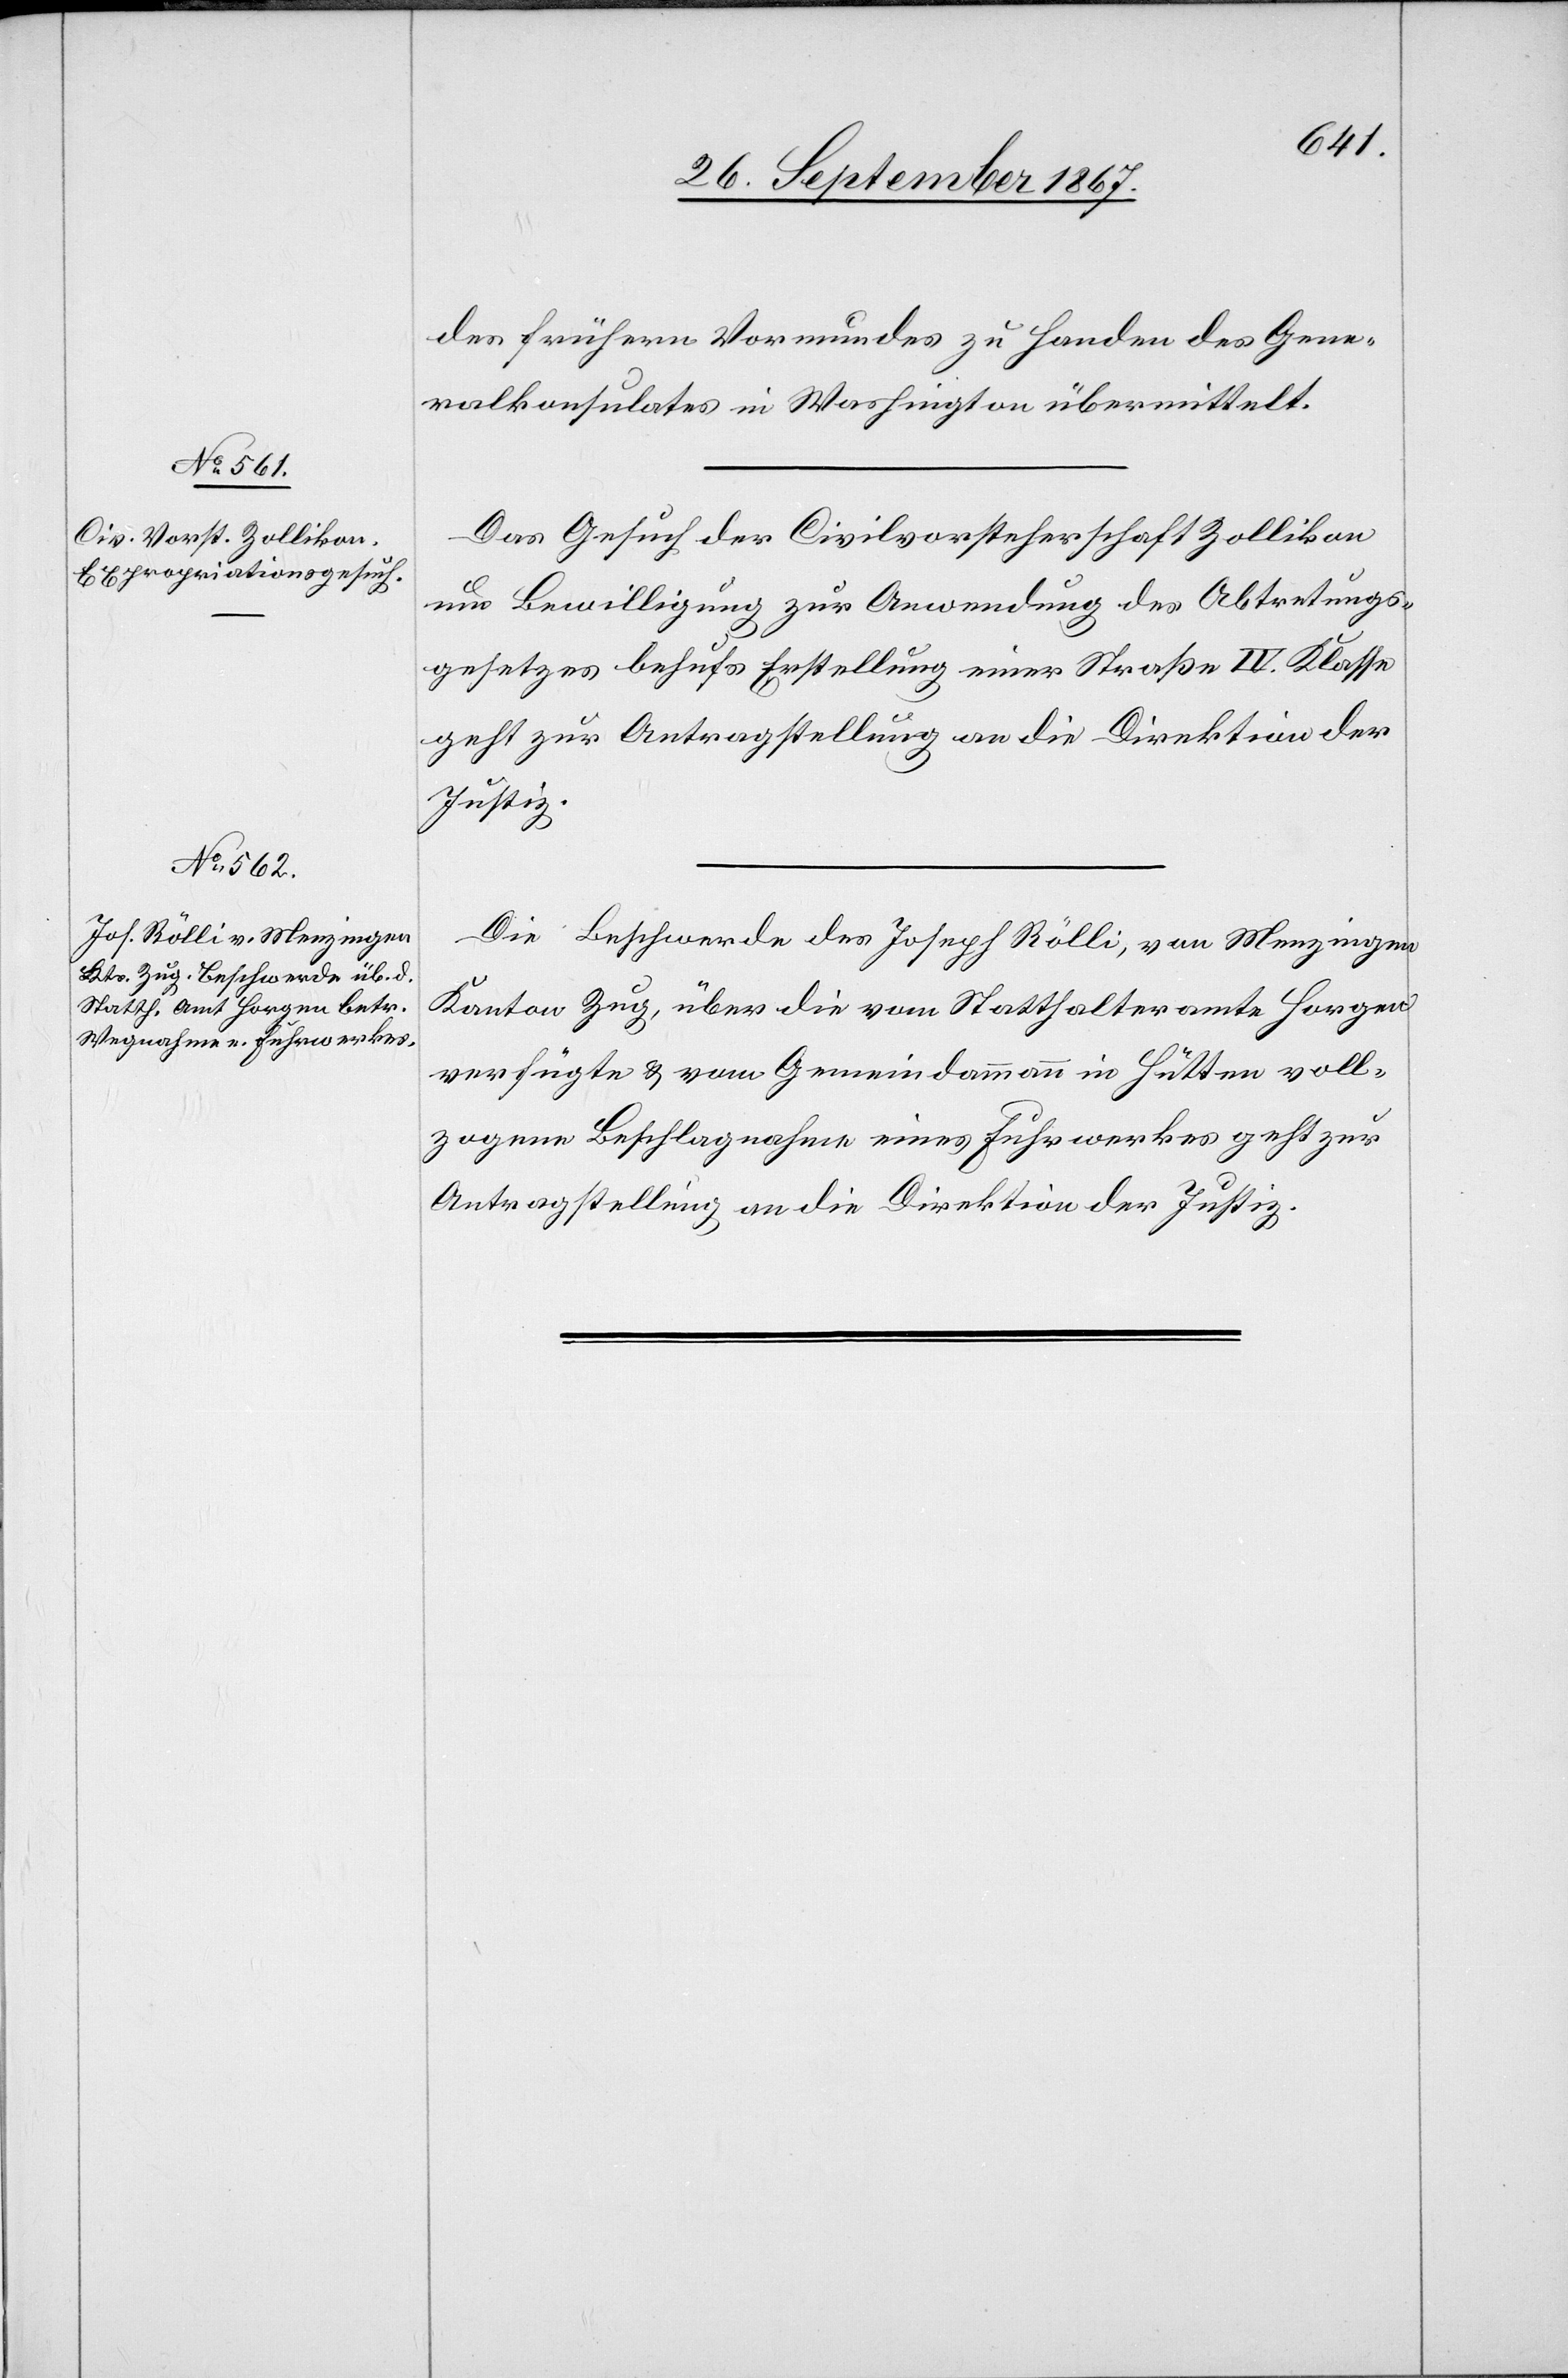
2. October 1867.]
des früheren Vormundes zu Handen des Gene¬
ralkonsulates in Washington übermittelt.
Das Gesuch der Civilvorsteherschaft Zollikon
um Bewilligung zur Anwendung des Abtretungs¬
gesetzes behufs Erstellung einer Straße IV. Klasse
geht zur Antragstellung an die Direktion der
Justiz.
Die Beschwerde des Joseph Müller, von Menzingen,
Kanton Zug, über die vom Statthalteramte Horgen
verfügte u. vom Gemeindammann in Hütten voll¬
zogene Beschlagnahme eines Fuhrwerkes geht zur
Antragstellung an die Direktion der Justiz.